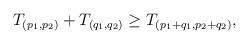
LaTeX: \begin{align*}T_{(p_1, p_2)} + T_{(q_1, q_2)} \geq T_{(p_1+q_1, p_2+q_2)}, \end{align*}